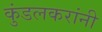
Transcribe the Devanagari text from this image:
कुंडलकरांनी